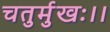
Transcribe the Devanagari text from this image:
चतुर्मुखः।।